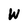
Character: W